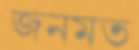
জনমত